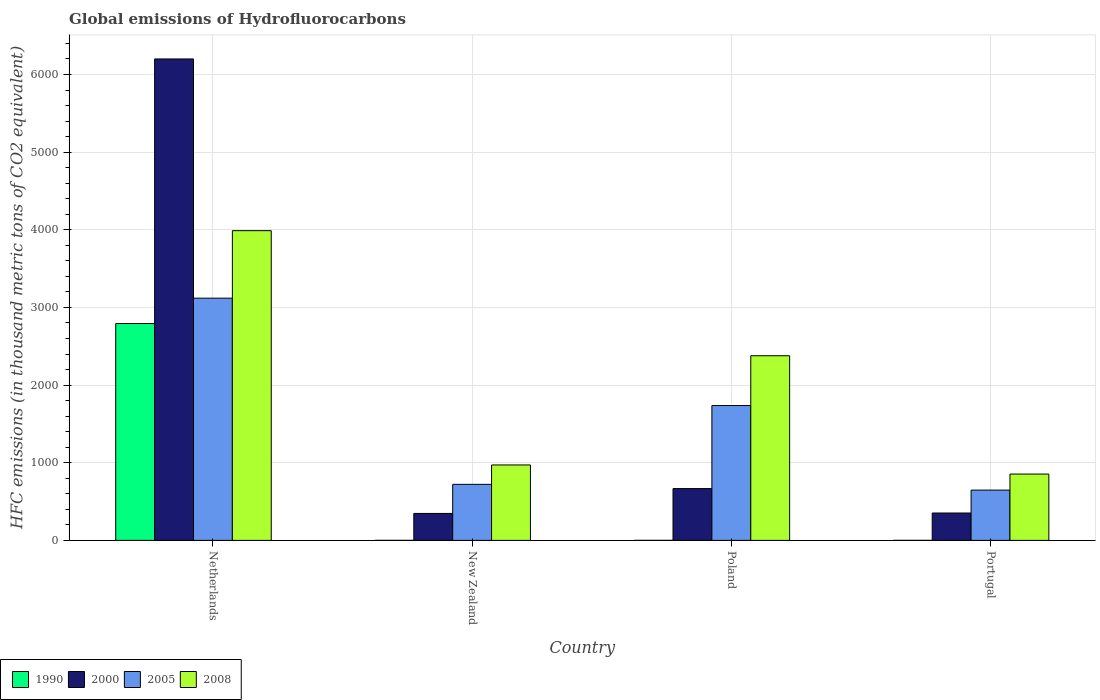
| Country | 1990 | 2000 | 2005 | 2008 |
 | --- | --- | --- | --- | --- |
 | Netherlands | 2.79e+03 | 6.2e+03 | 3.12e+03 | 3.99e+03 |
 | New Zealand | 0.2 | 347 | 722 | 971 |
 | Poland | 0.1 | 667 | 1.74e+03 | 2.38e+03 |
 | Portugal | 0.2 | 353 | 648 | 854 |